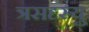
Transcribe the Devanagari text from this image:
त्रसदृस्यु